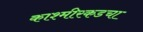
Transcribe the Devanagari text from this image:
काश्मीरकडचा